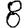
Digit: 8